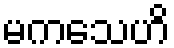
မကသေဟိ